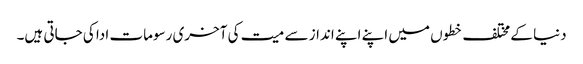
دنیا کے مختلف خطوں میں اپنے اپنے انداز سے میت کی آخری رسومات ادا کی جاتی ہیں۔